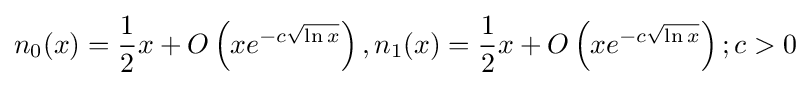
n_{0}(x)={\frac {1}{2}}x+O\left(xe^{-c{\sqrt {\ln x}}}\right),n_{1}(x)={\frac {1}{2}}x+O\left(xe^{-c{\sqrt {\ln x}}}\right);c>0